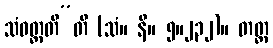
သံဝတ္တတီ”တိ (သံ။ နိ။ ၅။၂၃၂)။ တတ္ထ